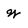
Character: W